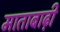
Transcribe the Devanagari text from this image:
माताबाढ़ी